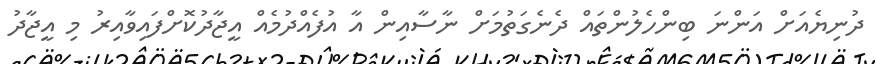
ދުނިޔެއަށް އަންނަ ބިންހެލުންތައް ދެނެގަތުމަށް ނާސާއިން އާ އުފެއްދުމެއް އީޖާދުކޮށްފައިވާއިރު މި އީޖާދު